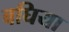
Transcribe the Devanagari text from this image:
बघिया